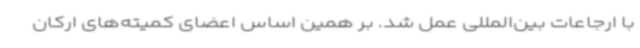
با ارجاعات بین‌المللی عمل شد. بر همین اساس اعضای کمیته‌های ارکان